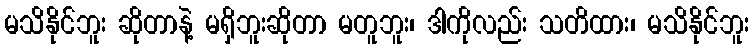
မသိနိုင်ဘူး ဆိုတာနဲ့ မရှိဘူးဆိုတာ မတူဘူး၊ ဒါကိုလည်း သတိထား၊ မသိနိုင်ဘူး